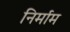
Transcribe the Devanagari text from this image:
निर्माम